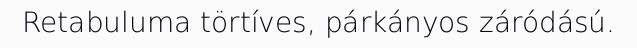
Retabuluma törtíves, párkányos záródású.